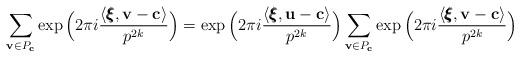
LaTeX: \begin{align*}\sum_{\mathbf{v} \in P_{\mathbf{c}}}\exp{\Big(2\pi i \frac{\langle \pmb{\xi}, \mathbf{v}-\mathbf{c}\rangle}{p^{2k}}\Big)}=\exp{\Big(2\pi i \frac{\langle \pmb{\xi}, \mathbf{u}-\mathbf{c}\rangle}{p^{2k}}\Big)}\sum_{\mathbf{v} \in P_{\mathbf{c}}}\exp{\Big(2\pi i \frac{\langle \pmb{\xi}, \mathbf{v}-\mathbf{c}\rangle}{p^{2k}}\Big)}\end{align*}